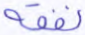
نفقه